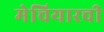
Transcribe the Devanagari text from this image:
मेचियारची